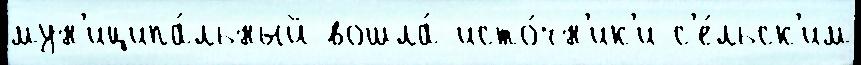
мун'иципа́льный вошла́ исто́чн'ик'и с'е́льск'им